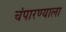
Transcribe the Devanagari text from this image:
चंपारण्याला